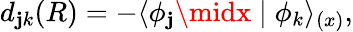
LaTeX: d_{\mathbf{j}k}(R)=-\langle\phi_{\mathbf{j}}\midx\mid\phi_{k}\rangle_{(x)},